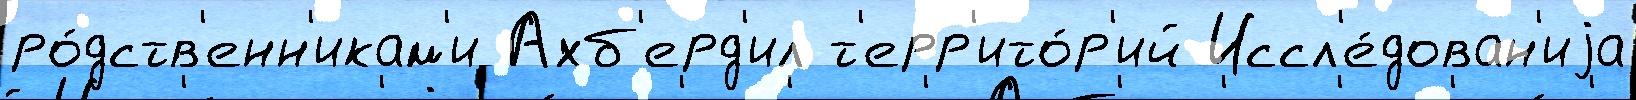
ро́дств'енн'икам'и Ахб'ерд'ил т'ерр'ито́р'ий Иссл'е́дован'иjа